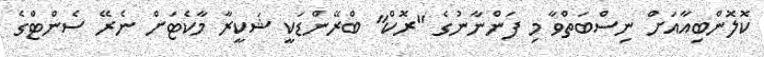
ކޮލޮންބިއާއަށް ނިސްބަތްވާ މި ފަންނާނުގެ "ރޮކް" ބްރޭންޑަކީ ޝަކީރާ މާކެޓަށް ނެރޭ ސެންޓްގެ